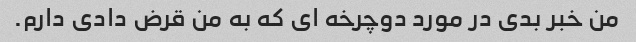
من خبر بدی در مورد دوچرخه ای که به من قرض دادی دارم.